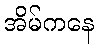
အိမ်ကနေ